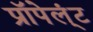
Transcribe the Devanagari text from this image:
प्रॉपेल्ंट